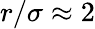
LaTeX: r/\sigma\approx 2